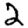
Digit: 2